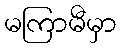
မကြာမီမှာ